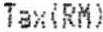
TAX(RM)